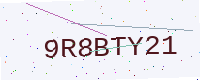
Text: 9R8BTY21